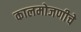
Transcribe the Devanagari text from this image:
कालमोजणीचे